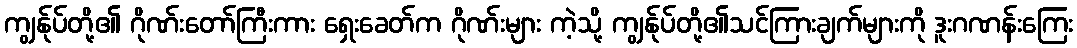
ကျွန်ုပ်တို့၏ ဂိုဏ်းတော်ကြီးကား ရှေးခေတ်က ဂိုဏ်းများ ကဲ့သို့ ကျွန်ုပ်တို့၏သင်ကြားချက်များကို ဒူးဂဏန်းကြေး